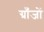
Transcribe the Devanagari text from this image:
ग्राँजों